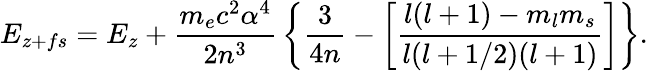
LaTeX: E_{z+fs}=E_{z}+{\frac{m_{e}c^{2}\alpha^{4}}{2n^{3}}}\left\{ {\frac{3}{4n}}-\left[{\frac{l(l+1)-m_{l}m_{s}}{l(l+1/2)(l+1)}}\right]\right\} .